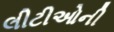
લીટીઓની